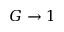
G \to 1